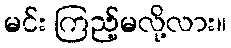
မင်း ကြည့်မလို့လား။